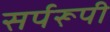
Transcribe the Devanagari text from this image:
सर्परूपी